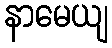
နာမေယျ